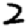
Digit: 2